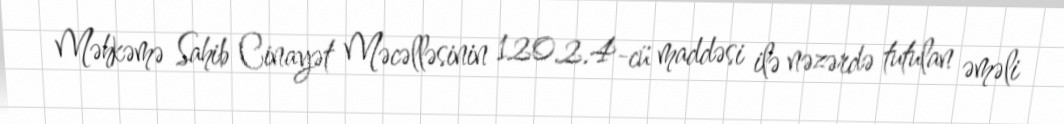
Məhkəmə Sahib Cinayət Məcəlləsinin 120.2.4-cü maddəsi ilə nəzərdə tutulan əməli